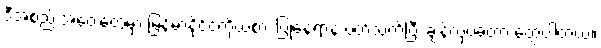
ဒီအစည်းအဝေးတွေမှာ မြန်မာနိုင်ငံကိုယ်စား ပြုနေရာနဲ့ ပတ်သက်ပြီး ချန်လှပ်ခဲ့တာ တွေ့ပါတယ်။